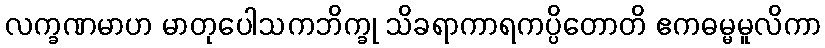
လက္ခဏမာဟ မာတုပေါသကဘိက္ခု သိခရာကာရကပ္ပိတောတိ ဧကဓမ္မမူလိကာ